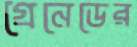
গ্রেনেডের